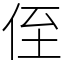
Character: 侄